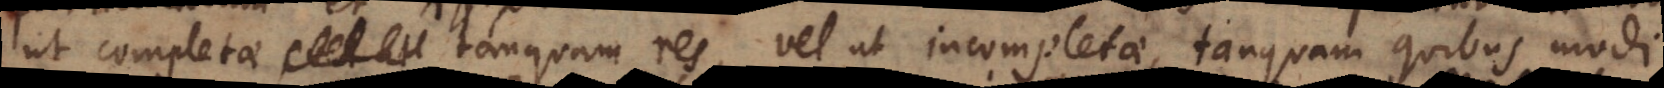
ut completae tanquam res, vel ut incompletae, tanquam quibus modi